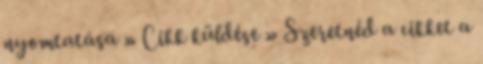
nyomtatása » Cikk küldése » Szeretnéd a cikket a